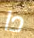
دا